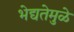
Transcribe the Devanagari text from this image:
भेद्यतेमुळे